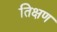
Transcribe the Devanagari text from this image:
तिक्षण